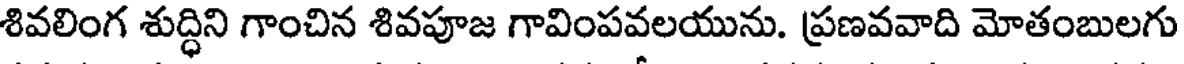
శివలింగ శుద్ధిని గాంచిన శివపూజ గావింపవలయును. ప్రణవవాది మోతంబులగు